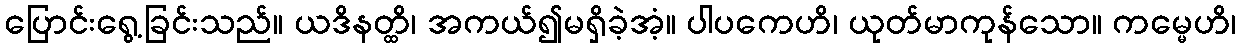
ပြောင်းရွေ့ခြင်းသည်။ ယဒိနတ္ထိ၊ အကယ်၍မရှိခဲ့အံ့။ ပါပကေဟိ၊ ယုတ်မာကုန်သော။ ကမ္မေဟိ၊